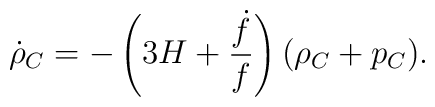
\dot{\rho}_C = -\left( 3H+\frac{\dot{f}}{f}\right) (\rho_C + p_C).